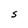
Character: S